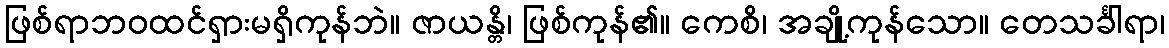
ဖြစ်ရာဘဝထင်ရှားမရှိကုန်ဘဲ။ ဇာယန္တိ၊ ဖြစ်ကုန်၏။ ကေစိ၊ အချို့ကုန်သော။ တေသင်္ခါရာ၊